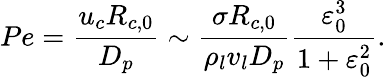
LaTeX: Pe=\frac{{{u_{c}}{R_{c,0}}}}{{{D_{p}}}}\sim\frac{{\sigma{R_{c,0}}}}{{{\rho_{l}}{v_{l}}{D_{p}}}}\frac{{\varepsilon_{0}^{3}}}{{1+\varepsilon_{0}^{2}}}.